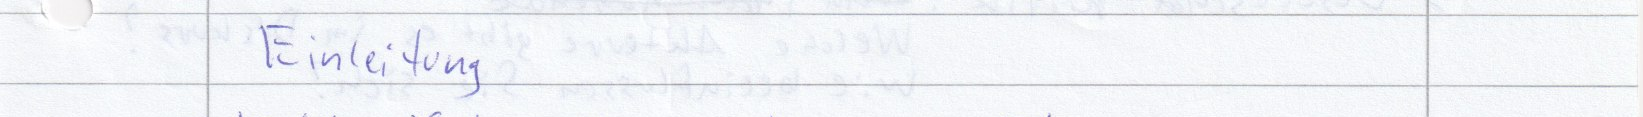
Einleitung